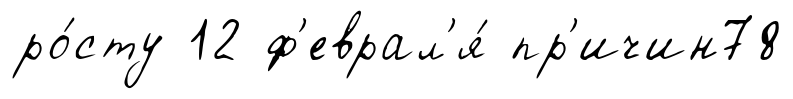
ро́сту 12 ф'еврал'я́ пр'ичин78